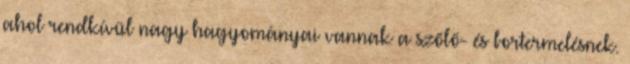
ahol rendkívül nagy hagyományai vannak a szőlő- és bortermelésnek.